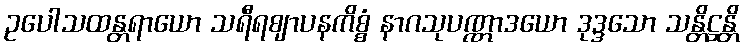
ဥပေါသထန္တရာယော သရီရဈာပနကိစ္စံ နာဂသုပဏ္ဏာဒယော ဒုဒ္ဒသော သန္တိဋ္ဌန္တိ